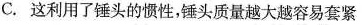
C.这利用了锤头的惯性，锤头质量越大越容易套紧